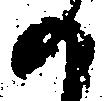
の